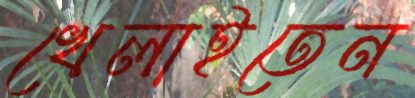
খেলাইতেন